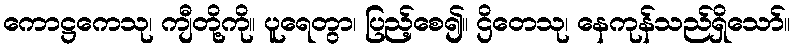
ကောဋ္ဌကေသု၊ ကျီတို့ကို။ ပူရေတွာ၊ ပြည့်စေ၍။ ဌိတေသု၊ နေကုန်သည်ရှိသော်။